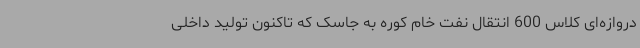
دروازه‌ای کلاس 600 انتقال نفت خام کوره به جاسک که تاکنون تولید داخلی